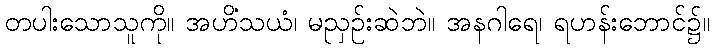
တပါးသောသူကို။ အဟိံသယံ၊ မညှဉ်းဆဲဘဲ။ အနဂါရေ၊ ရဟန်းဘောင်၌။